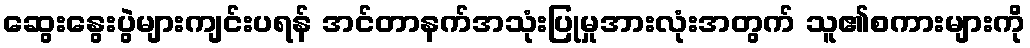
ဆွေးနွေးပွဲများကျင်းပရန် အင်တာနက်အသုံးပြုမှုအားလုံးအတွက် သူ၏စကားများကို